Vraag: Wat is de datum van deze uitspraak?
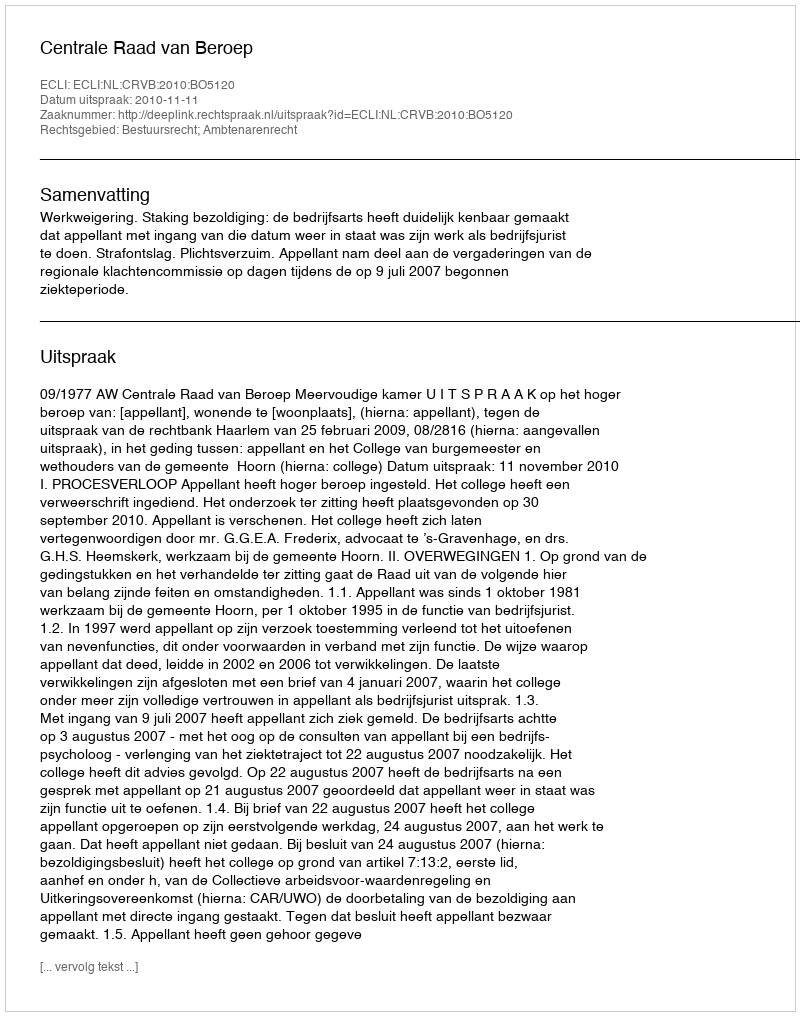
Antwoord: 2010-11-11